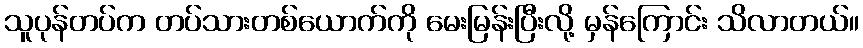
သူပုန်တပ်က တပ်သားတစ်ယောက်ကို မေးမြန်းပြီးလို့ မှန်ကြောင်း သိလာတယ်။